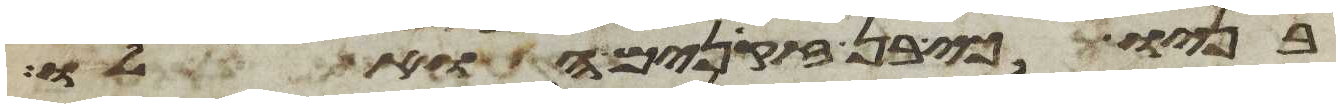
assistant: בניו כי בן זקנים הוא לו